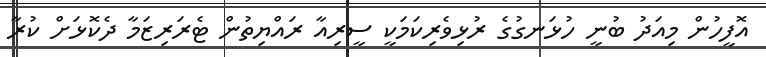
އޮފީހުން މިއަދު ބުނީ ހުޅަނގުގެ ރުޅިވެރިކަމަކީ ސީރިއާ ރައްޔިތުން ޓެރަރިޒަމާ ދެކޮޅަށް ކުރާ